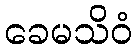
ခေမသိဝံ